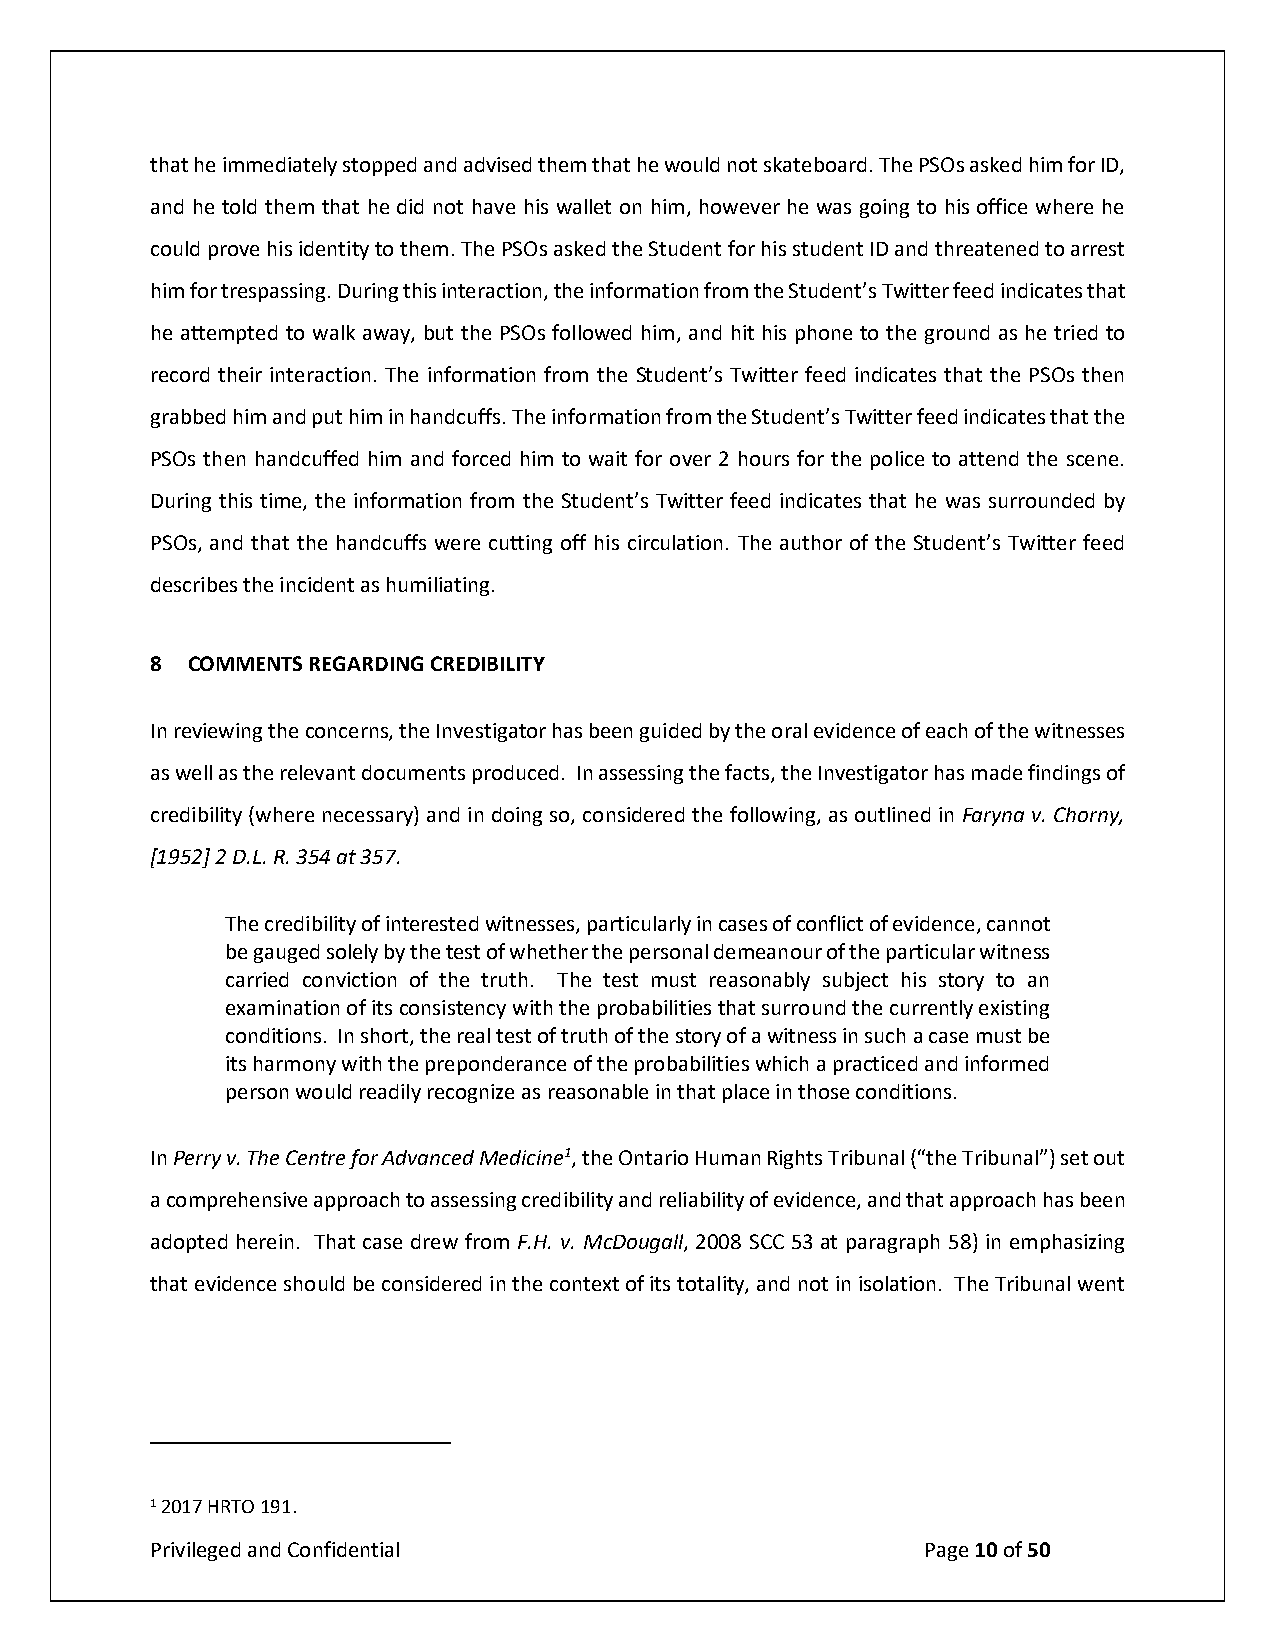
that he immediately stopped and advised them that he would not skateboard. The PSOs asked him for ID,
 and he told them that he did not have his wallet on him, however he was going to his office where he
 could prove his identity to them. The PSOs asked the Student for his student ID and threatened to arrest
 him for trespassing. During this interaction, the information from the Student’s Twitter feed indicates that
 he attempted to walk away, but the PSOs followed him, and hit his phone to the ground as he tried to
 record their interaction. The information from the Student’s Twitter feed indicates that the PSOs then
 grabbed him and put him in handcuffs. The information from the Student’s Twitter feed indicates that the
 PSOs then handcuffed him and forced him to wait for over 2 hours for the police to attend the scene.
 During this time, the information from the Student’s Twitter feed indicates that he was surrounded by
 PSOs, and that the handcuffs were cutting off his circulation. The author of the Student’s Twitter feed
 describes the incident as humiliating.
 8 COMMENTS REGARDING CREDIBILITY
 In reviewing the concerns, the Investigator has been guided by the oral evidence of each of the witnesses
 as well as the relevant documents produced. In assessing the facts, the Investigator has made findings of
 credibility (where necessary) and in doing so, considered the following, as outlined in Faryna v. Chorny,
 [1952] 2 D.L. R. 354 at 357.
 The credibility of interested witnesses, particularly in cases of conflict of evidence, cannot
 be gauged solely by the test of whether the personal demeanour of the particular witness
 carried conviction of the truth. The test must reasonably subject his story to an
 examination of its consistency with the probabilities that surround the currently existing
 conditions. In short, the real test of truth of the story of a witness in such a case must be
 its harmony with the preponderance of the probabilities which a practiced and informed
 person would readily recognize as reasonable in that place in those conditions.
 In Perry v. The Centre for Advanced Medicine1, the Ontario Human Rights Tribunal (“the Tribunal”) set out
 a comprehensive approach to assessing credibility and reliability of evidence, and that approach has been
 adopted herein. That case drew from F.H. v. McDougall, 2008 SCC 53 at paragraph 58) in emphasizing
 that evidence should be considered in the context of its totality, and not in isolation. The Tribunal went
 1 2017 HRTO 191.
 Privileged and Confidential                        Page 10 of 50